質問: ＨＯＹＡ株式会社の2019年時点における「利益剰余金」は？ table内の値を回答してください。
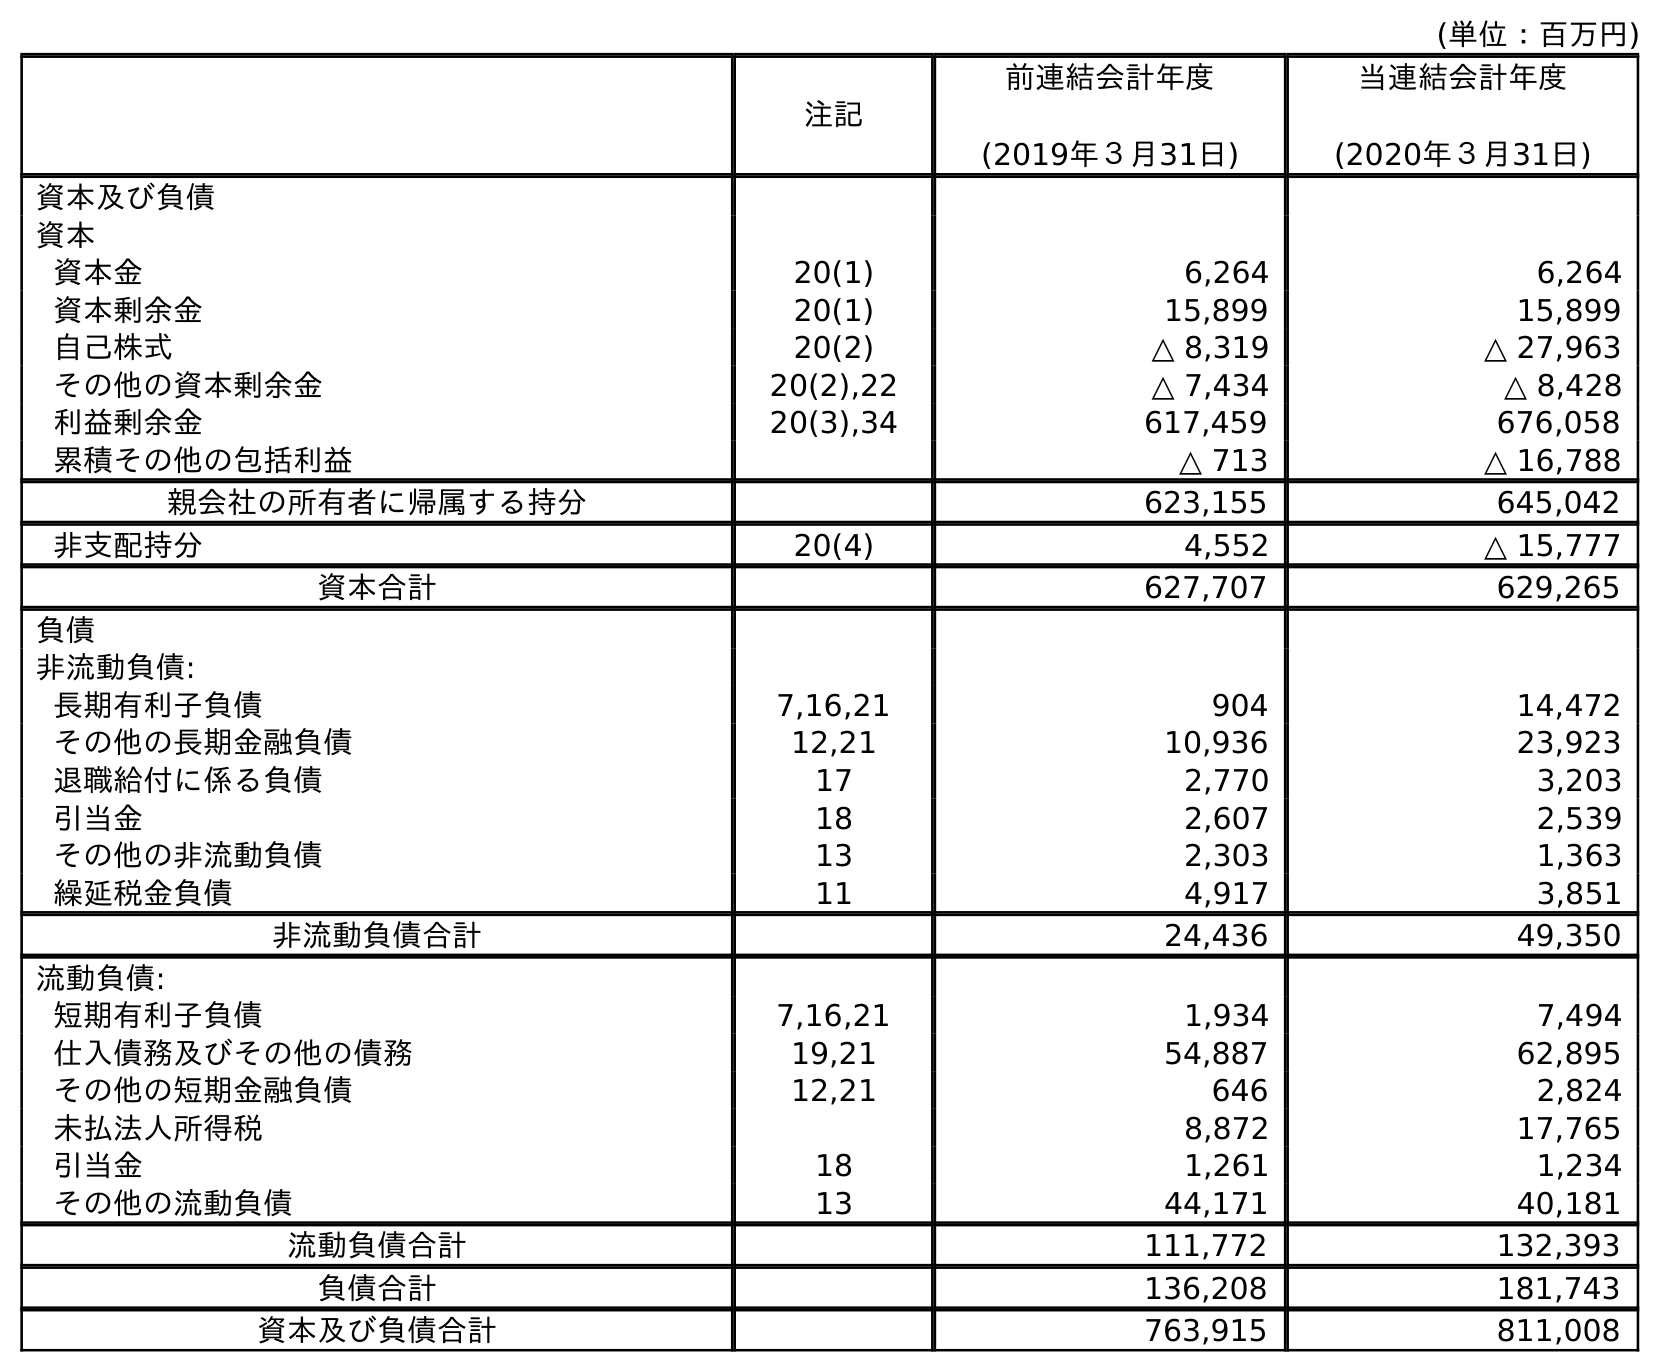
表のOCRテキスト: (単位：百万円) 注記 前連結会計年度 (2019年３月31日) 当連結会計年度 (2020年３月31日) 資本及び負債 資本 資本金 20(1) 6,264 6,264 資本剰余金 20(1) 15,899 15,899 自己株式 20(2) △ 8,319 △ 27,963 その他の資本剰余金 20(2),22 △ 7,434 △ 8,428 利益剰余金 20(3),34 617,459 676,058 累積その他の包括利益 △ 713 △ 16,788 親会社の所有者に帰属する持分 623,155 645,042 非支配持分 20(4) 4,552 △ 15,777 資本合計 627,707 629,265 負債 非流動負債: 長期有利子負債 7,16,21 904 14,472 その他の長期金融負債 12,21 10,936 23,923 退職給付に係る負債 17 2,770 3,203 引当金 18 2,607 2,539 その他の非流動負債 13 2,303 1,363 繰延税金負債 11 4,917 3,851 非流動負債合計 24,436 49,350 流動負債: 短期有利子負債 7,16,21 1,934 7,494 仕入債務及びその他の債務 19,21 54,887 62,895 その他の短期金融負債 12,21 646 2,824 未払法人所得税 8,872 17,765 引当金 18 1,261 1,234 その他の流動負債 13 44,171 40,181 流動負債合計 111,772 132,393 負債合計 136,208 181,743 資本及び負債合計 763,915 811,008
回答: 617,459